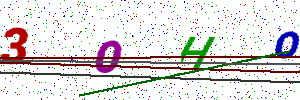
Text: 3OHO